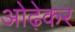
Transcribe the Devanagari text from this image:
ओढ़ेकर